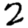
Digit: 2